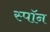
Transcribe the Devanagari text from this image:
स्पॉन